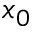
x _ { 0 }